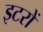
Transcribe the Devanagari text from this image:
इटरों